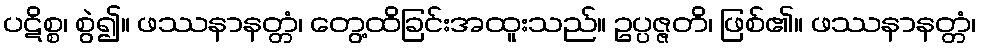
ပဋိစ္စ၊ စွဲ၍။ ဖဿနာနတ္တံ၊ တွေ့ထိခြင်းအထူးသည်။ ဥပ္ပဇ္ဇတိ၊ ဖြစ်၏။ ဖဿနာနတ္တံ၊